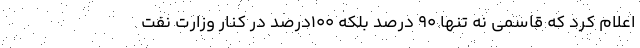
اعلام کرد که قاسمی نه تنها 90 درصد بلکه 100درصد در کنار وزارت نفت